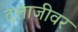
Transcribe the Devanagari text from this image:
दत्ताजीवर